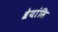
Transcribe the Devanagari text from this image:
श्रेयांसि